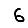
Digit: 6